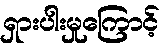
ရှားပါးမှုကြောင့်